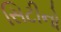
સિટીનો